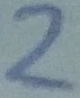
Text: 2